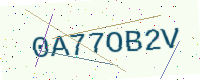
Text: 0A77OB2V